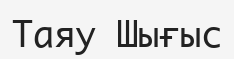
Таяу Шығыс